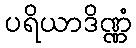
ပရိယာဒိဏ္ဏံ